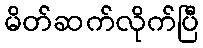
မိတ်ဆက်လိုက်ပြီ